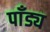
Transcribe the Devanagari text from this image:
पाँड्य